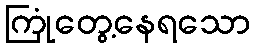
ကြုံတွေ့နေရသော